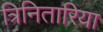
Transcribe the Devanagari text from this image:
त्रिनितारिया